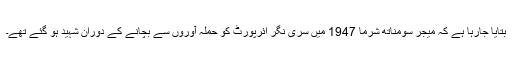
بتایا جارہا ہے کہ میجر سومناتھ شرما 1947 میں سری نگر ائرپورٹ کو حملہ آوروں سے بچانے کے دوران شہید ہو گئے تھے۔